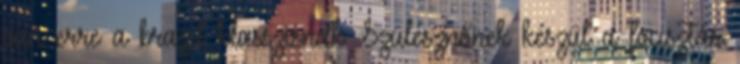
van erre a brazil klasszisnak. Szülésznőnek készül a focisztár